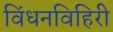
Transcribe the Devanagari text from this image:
विंधनविहिरी